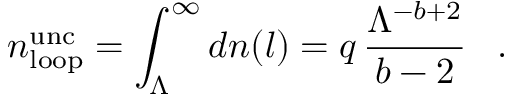
n _ { \mathrm { l o o p } } ^ { \mathrm { u n c } } = \int _ { \Lambda } ^ { \infty } d n ( l ) = q \, \frac { \Lambda ^ { - b + 2 } } { b - 2 } \, \, \, \, \, . \, \, \, \, \,